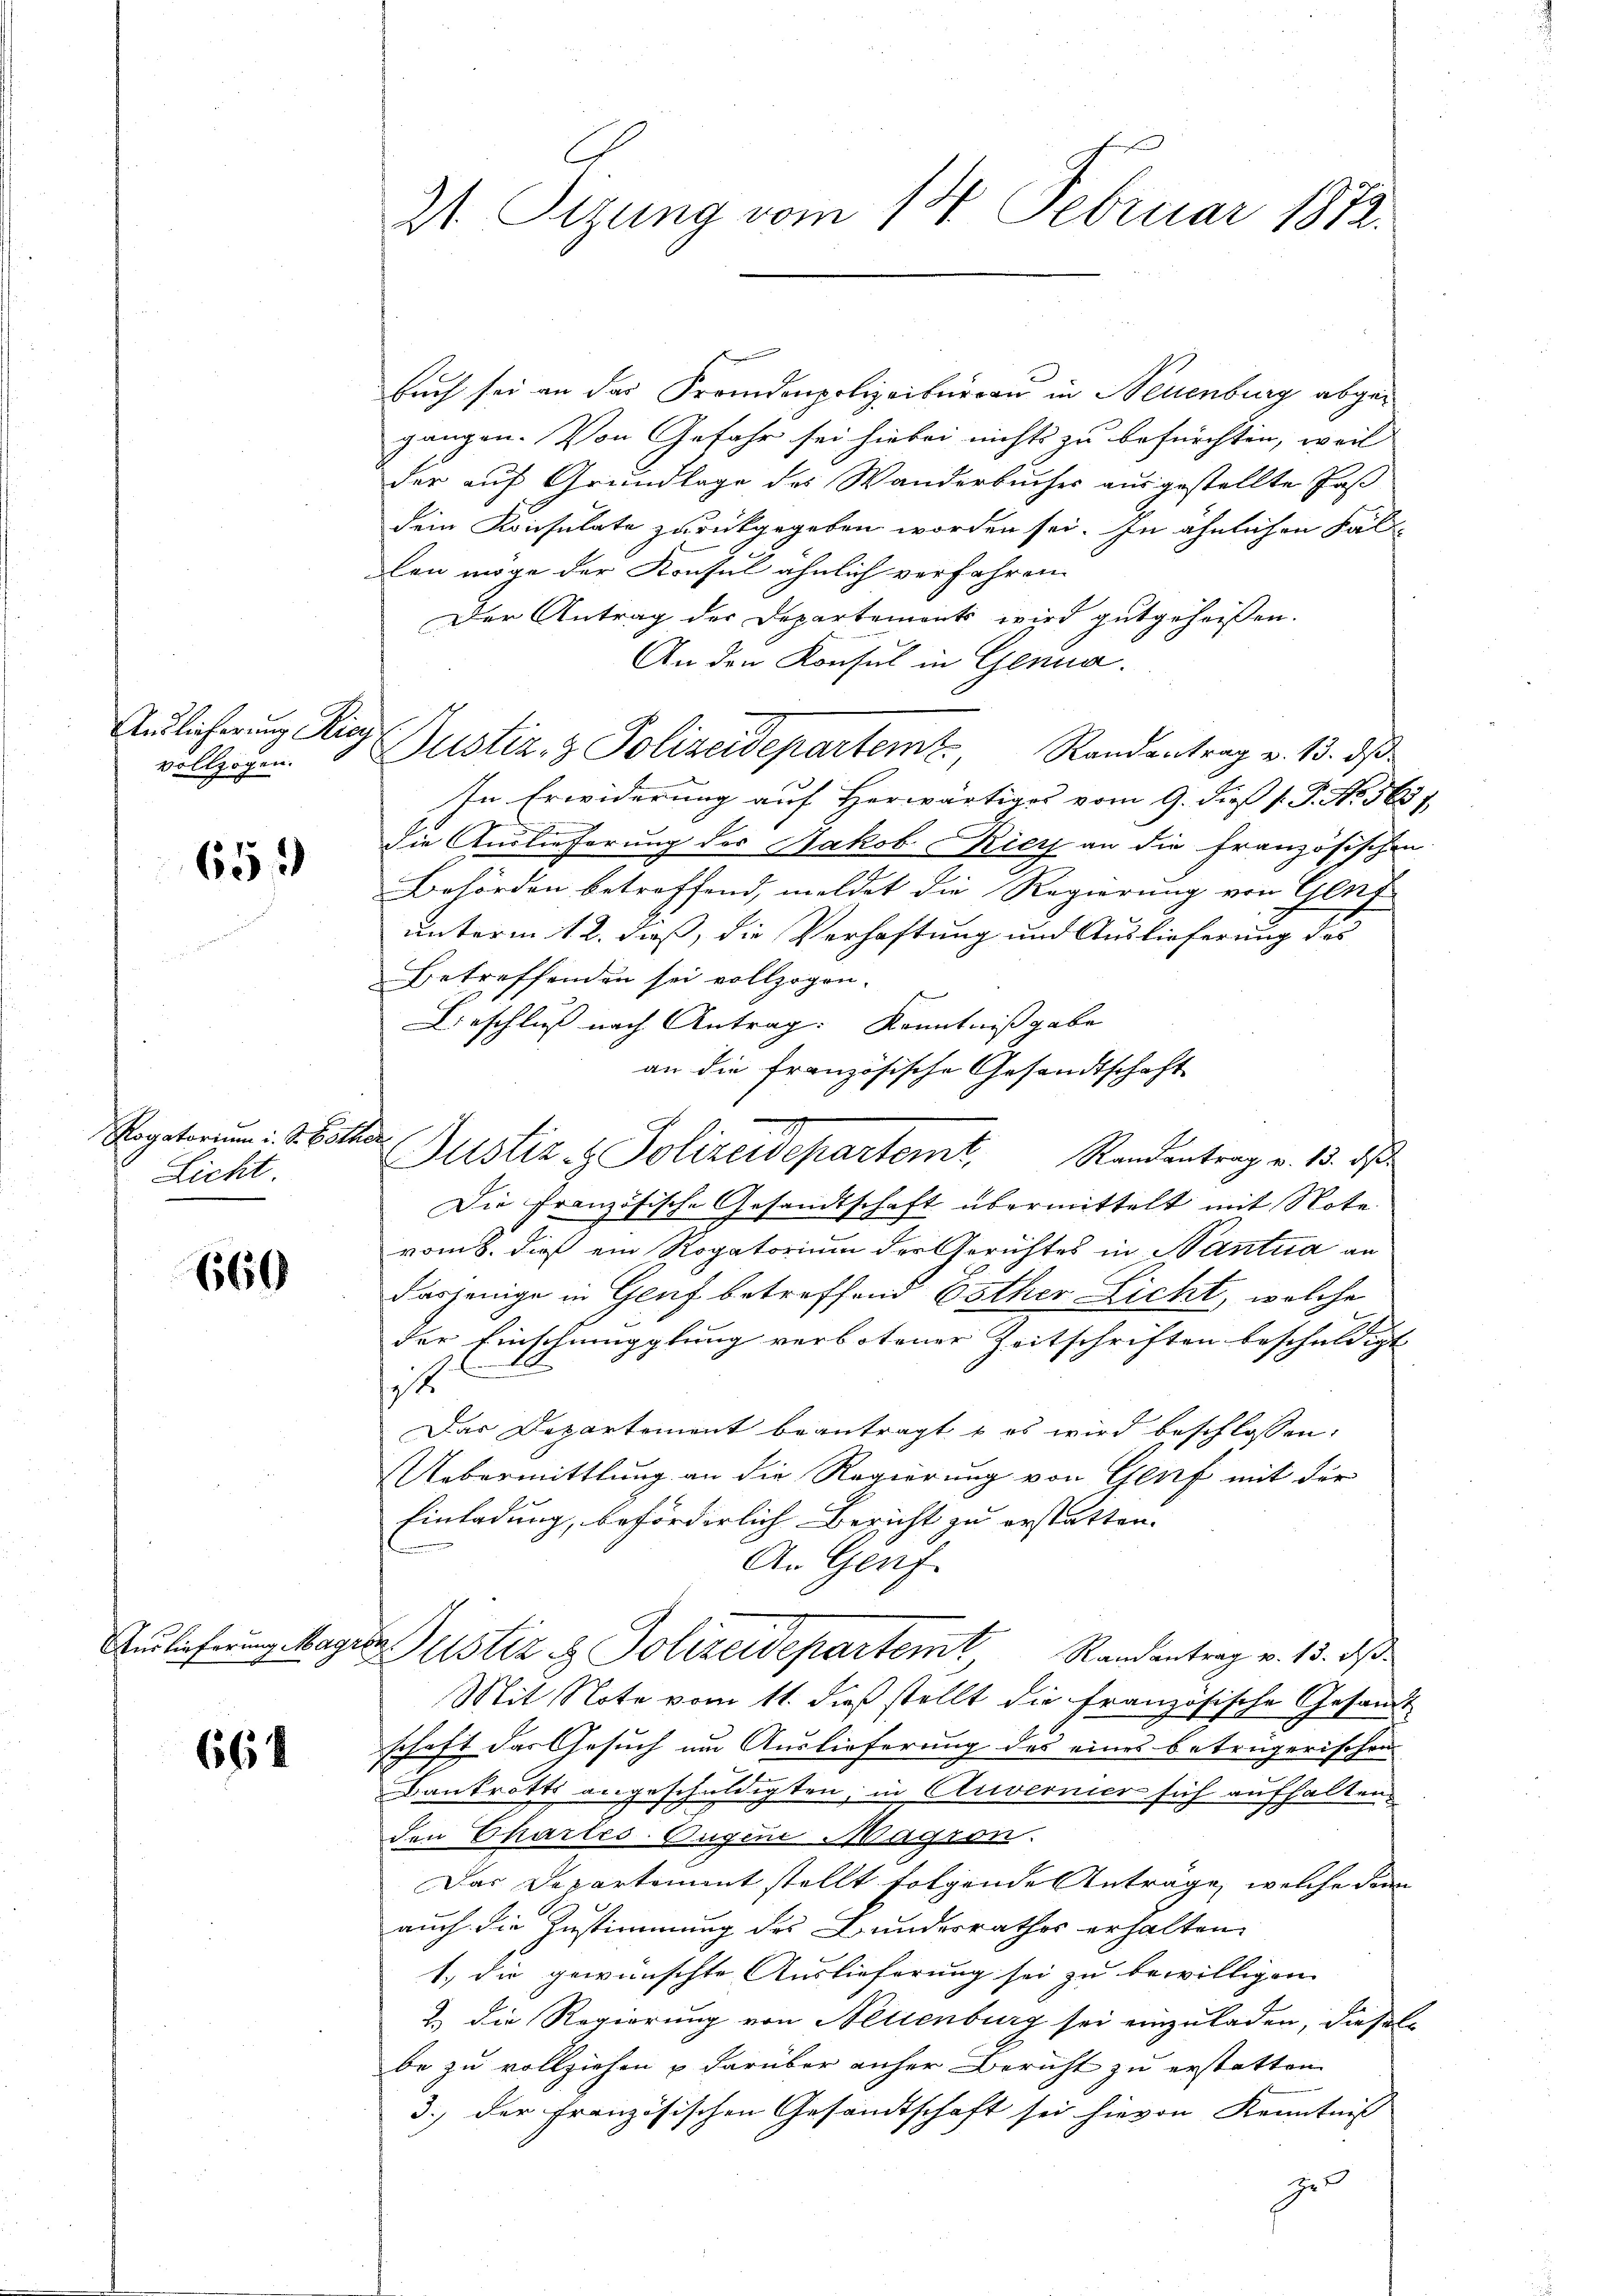
Auslieferung Ricy
vollzogen.

659

Rogatorium i. S. 651.
Licht

660

Auslieferung Magri

6654

21. Sizung vom 14. Februar 1872.

Buch sei an das Fremdenpolizeiburgen in Neuenburg abgegangen. Von Gefahr sei hiebei nichts zu befürchten, weil
der auf Grundlage des Wanderbuches ausgestellte Paß
dein Konsulate zurückgegeben worden sei. In ähnlichen Fal
len möge der Konsul ähnlich verfahren
Der Antrag der Departements wird gutgeheißen.
An den Konsul in Genua.
Justiz- & Polizeidepartem Randantrag v. 13. ds
In Erwiderung auf Herwärtiges vom 9. dieß s. P. No. 363 f.
die Auslieferung des Jakob Kier an die französischen
Behörden betreffend, meldet die Regierung von Gleich
unterm 12. daß, die Verhaftung und Auslieferung des
betreffenden sei vollzogen.
Beschluß nach Antrag: Kenntnisgabe
an die französische Gesandtschaft
Justiz- & Polizeidepartemt. Randantrag v. 13. d
Die Französische Gesandtschaft übermittelt mit Note
vom 8. dieß ein Rogatorium der Gerichtes in Nantua an
dasjenige in Genf betreffend Esther Licht, welche
der Einschmugglung verbotener Zeitschriften beschuldigt |
.
it
Das Departement beantragt u es wird beschlossen:
Uebermittlung an die Regierung von Genf mit der
Einladung, beförderlich Bericht zu erstatten. |
An Genf
.
Justiz & Polizeidepartemt Randantrag v. 13. daß
Mit Note vom 11. dieß stellt die Französische Gesandt
schaft das Gesuch um Auslieferung des eines betrügerischen
Bankrotts angeschuldigten, in Anvernier sich aufhalten,
den Chartes-Augen Magson.
Das Departement stellt folgende Anträge, welche dem
auch die Zustimmung des Bundesrathes erhalten.
1.) Die gewünschte Auslieferung sei zu bewilligen
& die Regierung von Aetienburg sei einzuladen, dieselbe zu vollziehen u darüber anher Bericht zu erstatten
3.) der Französischen Gesandtschaft sei hievon Kenntniß
zu

.